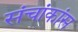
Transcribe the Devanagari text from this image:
संचांकांस